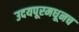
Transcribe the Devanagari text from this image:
उदयपूरमधूनच